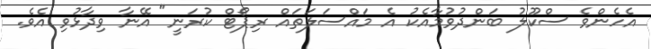
އެހެންވެ ސްކޫލު ބަންދުވުމާއެކު އެ މައްސަލަތައް ރިޕޯޓް ކުރަނީ" އޭނާ ވިދާޅުވި އެވެ.